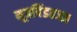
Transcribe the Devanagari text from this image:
मूत्रपिंडतज्‍ज्ञ